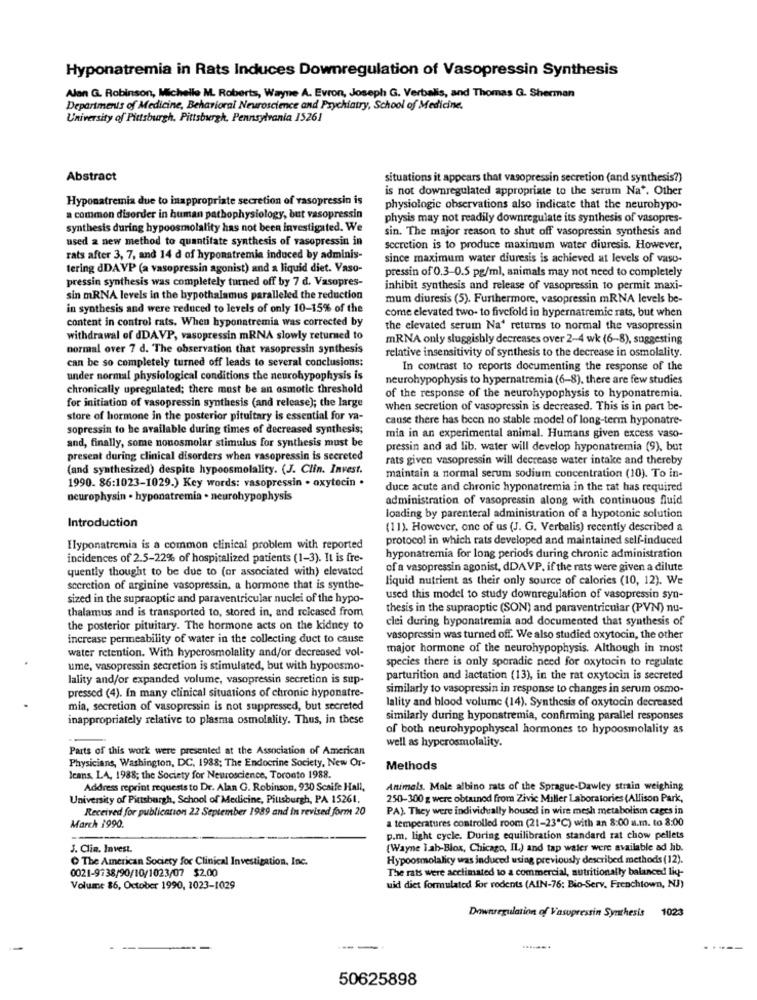
Hyponatremia in Rats Induces Downregulation of Vasopressin Synthesis
Alan G. Robinson, Michelle M. Roberts, Wayne A. Evron, Joseph G. Verbalis, and Thomas G. Sherman
Departments of Medicine, Behavioral Neuroscience and Prychiatry, School of Medicine.
University of Pittsburgh, Pittsburgh, Pennsylvania 15261
Abstract
situations it appears that vasopressin secretion (and synthesis?)
is not downregulated appropriate to the serum Na". Other
Hyponatremia due to inappropriate secretion of vasopressin is
physiologic observations also indicate that the neurohypo-
a common disorder in human pathophysiology, but vasopressin
physis may not readily downregulate its synthesis of vasopres-
synthesis during hypoosmolality has not been investigated. We
sin. The major reason to shut off vasopressin synthesis and
used a new method to quantitate synthesis of vasopressin in
secretion is to produce maximum water diuresis. However,
rats after 3, 7, and 14 d of hyponatremia induced by adminis-
since maximum water diuresis is achieved at levels of vaso-
tering dDAVP (a vasopressin agonist) and a liquid diet. Vaso-
pressin of 0.3-0.5 pg/ml, animals may not need to completely
pressin synthesis was completely turned off by 7 d. Vasopres-
inhibit synthesis and release of vasopressin to permit maxi-
sin mRNA levels in the hypothalamus paralleled the reduction
mum diuresis (5). Furthermore, vasopressin mRNA levels be-
in synthesis and were reduced to levels of only 10-15% of the
come elevated two- to fivefold in hypernatremic rats, but when
content in control rats. When hyponatremia was corrected by
the elevated serum Na' returns to normal the vasopressin
withdrawal of dDAVP, vasopressin mRNA slowly returned to
mRNA only sluggishly decreases over 2-4 wk (6-8), suggesting
normal over 7 d. The observation that vasopressin synthesis
can be so completely turned off leads to several conclusions:
relative insensitivity of synthesis to the decrease in osmolality.
In contrast to reports documenting the response of the
under normal physiological conditions the neurohypophysis is
neurohypophysis to hypernatremia (6-8), there are few studies
chronically upregulated; there must be an osmotic threshold
for initiation of vasopressin synthesis (and release); the large
of the response of the neurohypophysis to hyponatremia.
when secretion of vasopressin is decreased. This is in part be-
store of hormone in the posterior pituitary is essential for va-
cause there has been no stable model of long-term hyponatre-
sopressin to be available during times of decreased synthesis;
and, finally, some nonosmolar stimulus for synthesis must be
mia in an experimental animal. Humans given excess vaso-
pressin and ad lib, water will develop hyponatremia (9), but
present during clinical disorders when vasopressin is secreted
rats given vasopressin will decrease water intake and thereby
(and synthesized) despite hypoosmolality. (J. Clin. Invest.
maintain a normal serum sodium concentration (10). To in-
1990. 86:1023-1029.) Key words: vasopressin . oxytocin .
duce acute and chronic hyponatremia in the rat has required
neurophysin . hyponatremia . neurohypophysis
administration of vasopressin along with continuous fluid
loading by parenteral administration of a hypotonic solution
Introduction
(11). However, one of us (J. G. Verbalis) recently described a
protocol in which rats developed and maintained self-induced
Ilyponatremia is a common clinical problem with reported
incidences of 2.5-22% of hospitalized patients (1-3). It is fre-
hyponatremia for long periods during chronic administration
quently thought to be due to (or associated with) elevated
of a vasopressin agonist, dDAVP. if the rats were given a dilute
liquid nutrient as their only source of calories (10, 12). We
sceretion of arginine vasopressin, a hormone that is synthe-
sized in the supraoptic and paraventricular nuclei of the hypo-
used this model to study downregulation of vasopressin syn-
thalamus and is transported to, stored in, and reicased from
thesis in the supraoptic (SON) and paraventricular (PVN) nu-
clei during byponatremia and documented that synthesis of
the posterior pituitary. The hormone acts on the kidney to
increase permeability of water in the collecting duct to cause
vasopressin was turned off. We also studied oxytocin, the other
water retention. With hyperosmolality and/or decreased vol-
major hormone of the neurohypophysis. Although in most
species there is only sporadic need for oxytocin to regulate
ume, vasopressin secretion is stimulated, but with hypoosmo.
lality and/or expanded volume, vasopressin secretion is sup-
parturition and lactation (13), in the rat oxytocin is secreted
similarly to vasopressin in response to changes in serum osmo-
pressed (4). In many clinical situations of chronic hyponatre-
lality and blood volume (14). Synthesis of oxytocin decreased
mia, secretion of vasopressin is not suppressed, but secreted
inappropriately relative to plasma osmolality. Thus, in these
similarly during hyponatremia, confirming parallel responses
of both neurohypophyscal hormones to hypoosmolality as
well as hyperosmolality.
Parts of this work were presented at the Association of American
Physicians, Washington, DC, 1988; The Endocrine Society, New Or-
Methods
Jeans, LA, 1988; the Society for Neuroscience, Toronto 1988.
Address reprint requests to Dr. Alan G. Robinson, 930 Scaife Hall,
Animals. Male albino rats of the Sprague-Dawley strain weighing
University of Pittsburgh, School of Medicine, Pittsburgh, PA 15261.
250-300 g were obtained from Zivic Miller Laboratories (Allison Park,
Received for publication 22 September 1989 and in revised form 20
PA). They were individually housed in wire mesh metabolism cages in
a temperatures controlled room (21-23℃) with an 8:00 a.m. to 8:00
March 1990.
p.m. light cycle. During equilibration standard rat chow pellets
J. Clin. Invest.
(Wayne Tab-Blox, Chicago, IL) and tap water were available ad lib.
The American Society for Clinical Investigation, Inc.
Hypoosmolalicy was induced using previously described methods (12).
0021-9738/90/10/1023/07 $2.00
The rats were acclimated to a commercial, nutritionally balanced liy-
Volume 86, October 1990, 1023-1029
uid diet formulated for rodents (AIN-76: Bio-Serv. Frenchtown, NJ)
1023
Downregulation of Vasopressin Synthesis
---
50625898